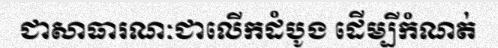
ជាសាធារណៈជាលើកដំបូង ដើម្បីកំណត់